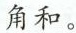
角和。